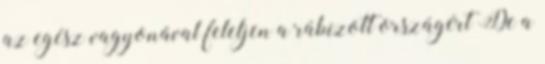
az egész vagyonával feleljen a rábízott országért De a